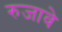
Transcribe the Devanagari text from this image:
रुजावे